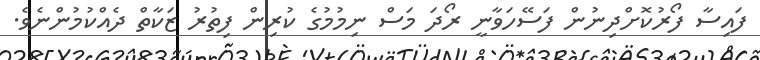
ފައިސާ ފޯރުކޮށްދިނުން ފަސޭހަވާނީ ރޯދަ މަސް ނިމުމުގެ ކުރިން ފިތުރު ޒަކާތް ދެއްކުމުންނެވެ.